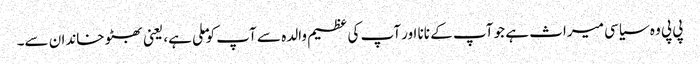
پی پی وہ سیاسی میراث ہے جو آپ کے نانا اور آپ کی عظیم والدہ سے آپ کو ملی ہے، یعنی بھٹو خاندان سے۔